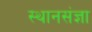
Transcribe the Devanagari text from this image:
स्थानसंज्ञा